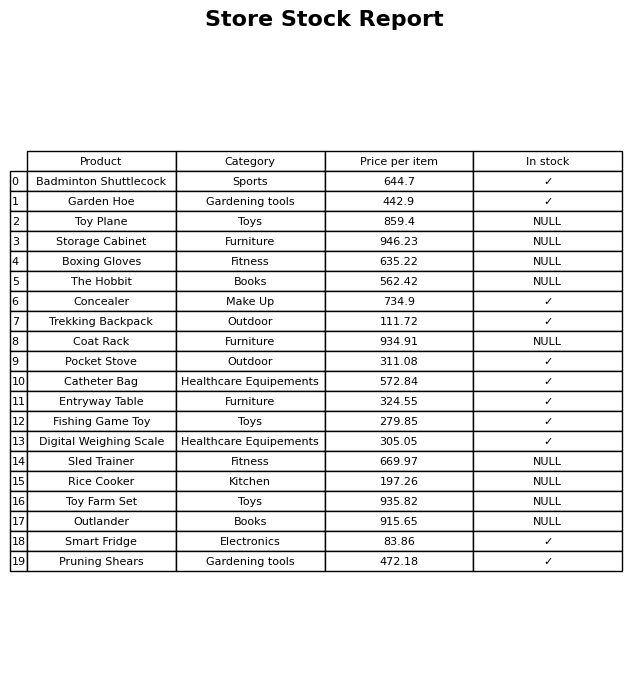
question: What is the stock status of the Pruning Shears?
answer: ✓